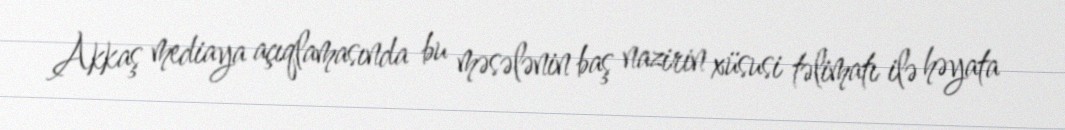
Akkaş mediaya açıqlamasında bu məsələnin baş nazirin xüsusi təlimatı ilə həyata